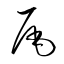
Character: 尾